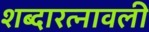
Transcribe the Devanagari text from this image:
शब्दारत्नावली